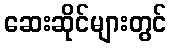
ဆေးဆိုင်များတွင်